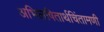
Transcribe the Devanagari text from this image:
अभिलषितार्थचिंतामणी